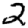
Digit: 2